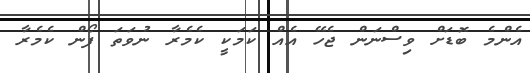
އެންމެ ބޮޑަށް ވިސްނަން ޖެހޭ އެއް ކަމަކީ ކެމެރާ ނުވަތަ ފޯން ކެމެރާ